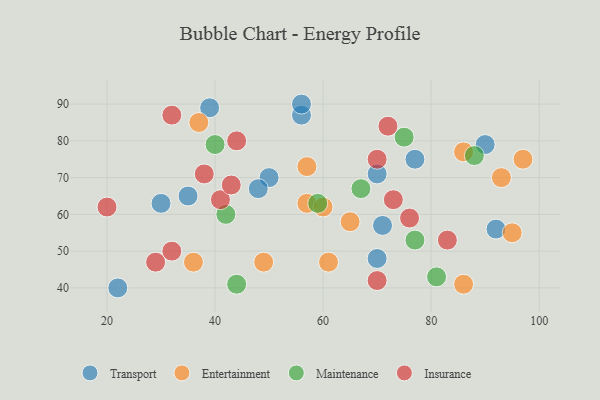
{"axis": {"x": "GDP", "y": "Life Expectancy"}, "legend": ["Entertainment", "Insurance", "Maintenance", "Transport"], "data": [{"x": "50", "y": 70, "type": "Transport"}, {"x": "56", "y": 87, "type": "Transport"}, {"x": "48", "y": 67, "type": "Transport"}, {"x": "30", "y": 63, "type": "Transport"}, {"x": "22", "y": 40, "type": "Transport"}, {"x": "35", "y": 65, "type": "Transport"}, {"x": "77", "y": 75, "type": "Transport"}, {"x": "92", "y": 56, "type": "Transport"}, {"x": "56", "y": 90, "type": "Transport"}, {"x": "70", "y": 71, "type": "Transport"}, {"x": "70", "y": 48, "type": "Transport"}, {"x": "71", "y": 57, "type": "Transport"}, {"x": "90", "y": 79, "type": "Transport"}, {"x": "39", "y": 89, "type": "Transport"}, {"x": "37", "y": 85, "type": "Entertainment"}, {"x": "93", "y": 70, "type": "Entertainment"}, {"x": "36", "y": 47, "type": "Entertainment"}, {"x": "49", "y": 47, "type": "Entertainment"}, {"x": "95", "y": 55, "type": "Entertainment"}, {"x": "97", "y": 75, "type": "Entertainment"}, {"x": "86", "y": 77, "type": "Entertainment"}, {"x": "57", "y": 63, "type": "Entertainment"}, {"x": "60", "y": 62, "type": "Entertainment"}, {"x": "65", "y": 58, "type": "Entertainment"}, {"x": "86", "y": 41, "type": "Entertainment"}, {"x": "61", "y": 47, "type": "Entertainment"}, {"x": "57", "y": 73, "type": "Entertainment"}, {"x": "40", "y": 79, "type": "Maintenance"}, {"x": "44", "y": 41, "type": "Maintenance"}, {"x": "67", "y": 67, "type": "Maintenance"}, {"x": "59", "y": 63, "type": "Maintenance"}, {"x": "42", "y": 60, "type": "Maintenance"}, {"x": "77", "y": 53, "type": "Maintenance"}, {"x": "88", "y": 76, "type": "Maintenance"}, {"x": "75", "y": 81, "type": "Maintenance"}, {"x": "81", "y": 43, "type": "Maintenance"}, {"x": "44", "y": 80, "type": "Insurance"}, {"x": "76", "y": 59, "type": "Insurance"}, {"x": "41", "y": 64, "type": "Insurance"}, {"x": "43", "y": 68, "type": "Insurance"}, {"x": "73", "y": 64, "type": "Insurance"}, {"x": "70", "y": 75, "type": "Insurance"}, {"x": "32", "y": 50, "type": "Insurance"}, {"x": "20", "y": 62, "type": "Insurance"}, {"x": "29", "y": 47, "type": "Insurance"}, {"x": "32", "y": 87, "type": "Insurance"}, {"x": "70", "y": 42, "type": "Insurance"}, {"x": "83", "y": 53, "type": "Insurance"}, {"x": "72", "y": 84, "type": "Insurance"}, {"x": "38", "y": 71, "type": "Insurance"}]}